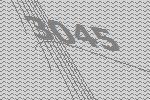
3045